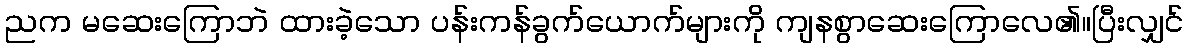
ညက မဆေးကြောဘဲ ထားခဲ့သော ပန်းကန်ခွက်ယောက်များကို ကျနစွာဆေးကြောလေ၏။ပြီးလျှင်